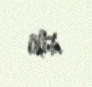
ölüb.